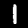
Label: 1